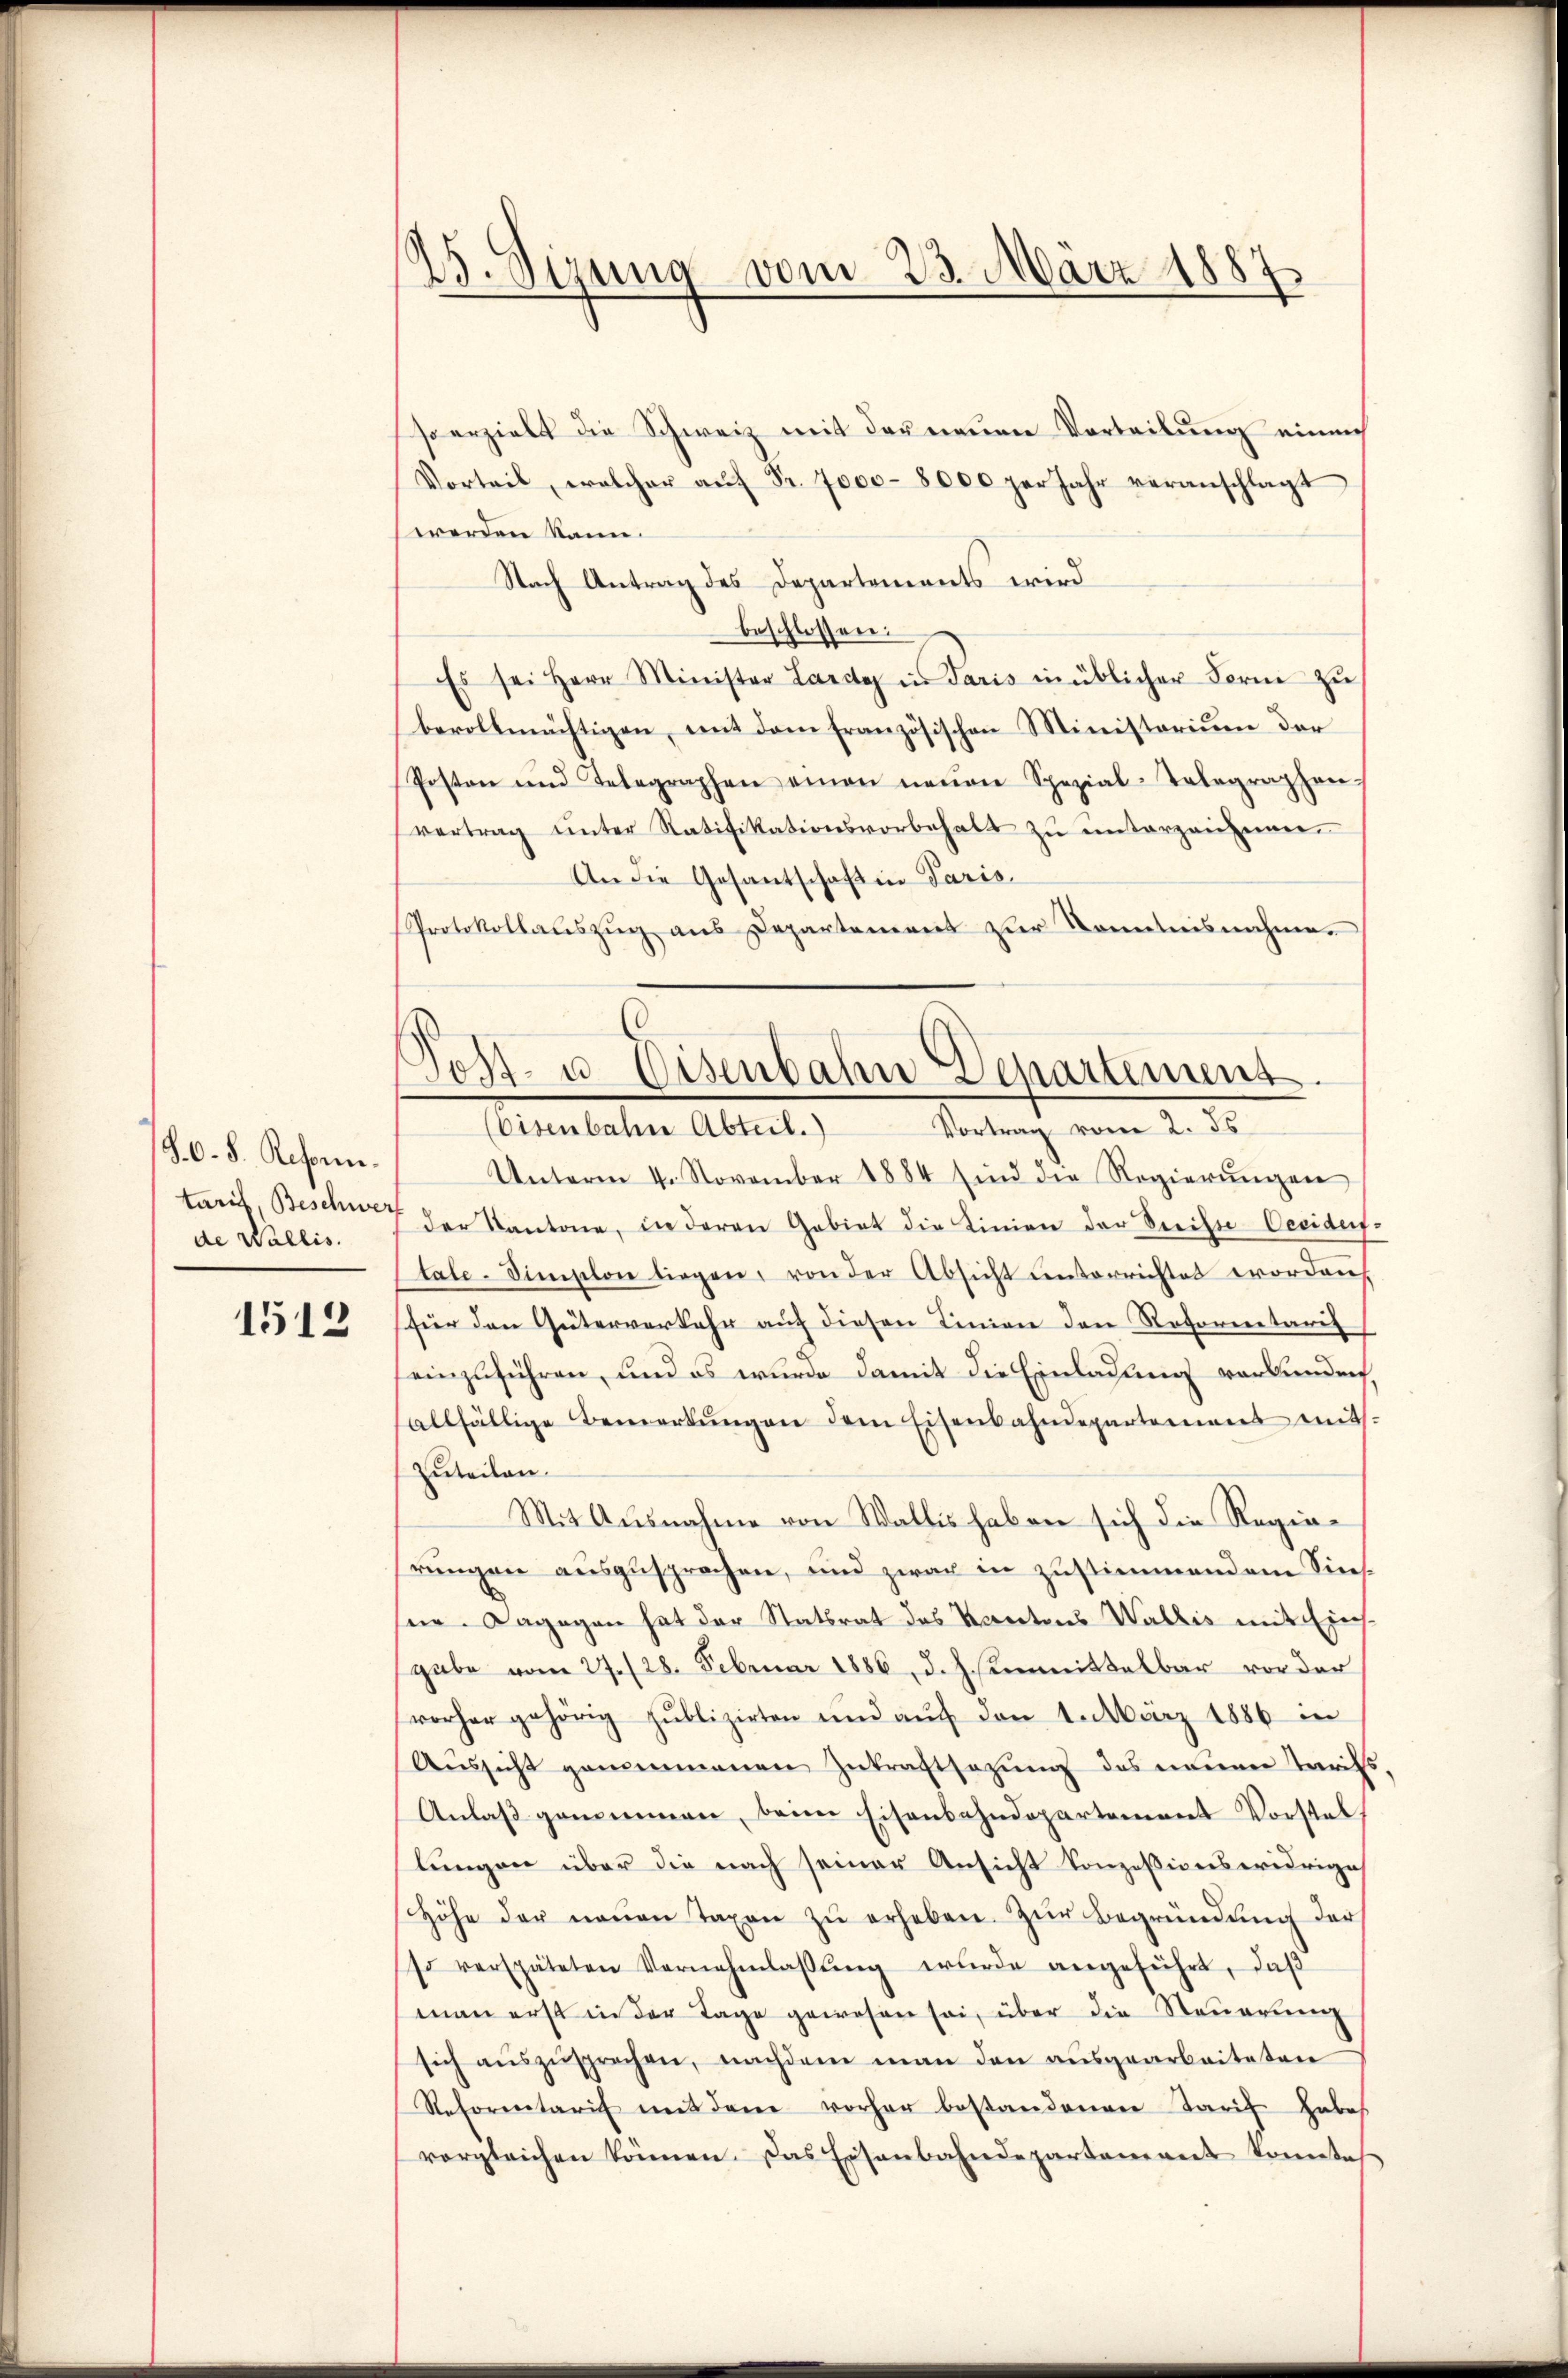
80. 8. Reform.
de Wallis.

1512

25. Sizung vom 23. März 1887.

so erzielt die Schweiz mit der neuen Vorteilung einm
Vorteil, welcher aŭf Fr. 7000–8000 per Jahr veranschlagt
werden kann.
Nach Antrag des Departements wird
beschlossen:
Es sei Herr Minister Lardy in Paris in üblicher Ferne zŭ
bevollmächtigen, mit dem französischen Ministorium der
Posten und Telegraphen einen neŭen Spezial-Telegraphen-
vertrag ŭnter Ratifikationsvorbehalt zŭ ŭnterzeihnen.
An die Gesantschaft in Paris.
Protokollauszug aus Departeniret zur Kenntnisnahme.
Unterm 4. November 1884 sind die Regierŭngen
taris, Beschnet der Kantone, in deren Gebiet die Linien der Seite Oesident.
tale-Simplon liegen, von der Absicht unterrichtet worden
für den Güterverkehr auf diesen Linien den Retorentarif
einzuführen, und es wurde damit die Einladung verbunden
allfällige Bemerkŭngen dem Eisenbahndepartement mit¬
Zuteilen.
Mit Ausnahme von Wallis haben sich die Regiehrungen auszusprechen, und zwar in zustimmendem Sinsein. Dagegen hat der Stattrat des Kantons Wallis mit Eins
gabe vom 27. (28. Februar 1886, d. J. Unmittelbar vor der
vorher gehörig publizirten und aŭf den 1. März 1886 in
Aŭssicht genommenen Zutraftsagung des neuen Tarifs
Anlaß genommen, beim Eisenbahndepartement Vorstellungen über die nach seiner Ansicht konzessionswidriges
Höhe der neŭen Taxen zŭ erheben. Zur Begründung der
so verspäteten Vernehmlassŭng wurde angeführt, daβ
man erst in der Tage gewesen sei, über die Steuerung
sich auszusprechen, nachdem man den ausgearbeiteten
Retorentaris mit dem vorher bestandenen Tarif habe
vergleichen können. Das Eisenbahndepartement kometes

Post- u. Eisenbahn Departement.
Vortrag vom 2. ds
(Eisenbahne Abteil.)